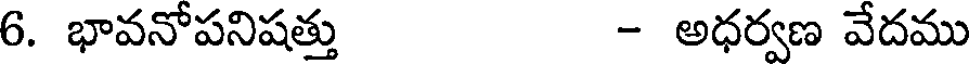
6. భావనోపనిషత్తు - అధర్వణ వేదము